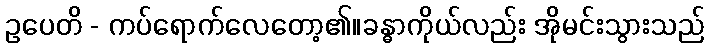
ဥပေတိ - ကပ်ရောက်လေတော့၏။ခန္ဓာကိုယ်လည်း အိုမင်းသွားသည်